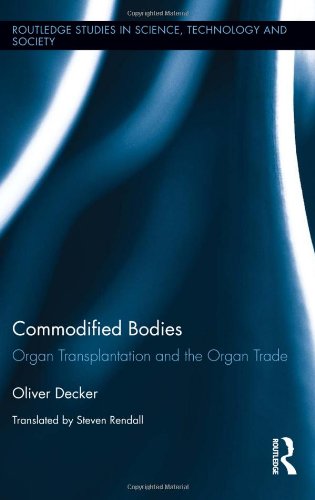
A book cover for Commodified Bodies: Organ Transplantation and the Organ Trade (Routledge Studies in Science, Technology and Society); Oliver Decker; Health, Fitness & Dieting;